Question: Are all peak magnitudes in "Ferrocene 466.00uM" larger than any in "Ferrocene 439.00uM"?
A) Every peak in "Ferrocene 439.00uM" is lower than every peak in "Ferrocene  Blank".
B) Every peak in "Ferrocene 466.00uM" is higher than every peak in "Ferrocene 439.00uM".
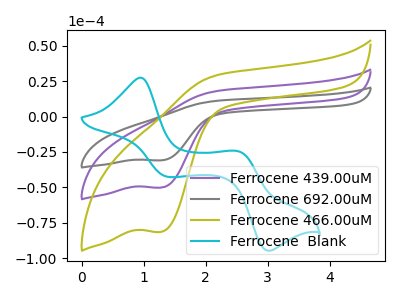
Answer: <think>The purple curve "Ferrocene 439.00uM" has a cathodic peak at: (1.30V, -50.15uA). The gray curve "Ferrocene 692.00uM" has a cathodic peak at: (1.30V, -100.30uA). The olive curve "Ferrocene 466.00uM" has a cathodic peak at: (1.30V, -81.35uA). The cyan curve "Ferrocene  Blank" has anodic peaks at (0.95V, 27.40uA) (2.55V, -24.65uA) and cathodic peaks at (1.40V, -42.50uA) (3.00V, -94.65uA).</think>
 <answer>B) Every peak in "Ferrocene 466.00uM" is higher than every peak in "Ferrocene 439.00uM".</answer>
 <eval>B</eval>